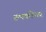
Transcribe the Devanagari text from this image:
रुपकोंवर